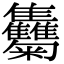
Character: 𩁴